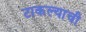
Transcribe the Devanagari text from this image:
टाकल्याची